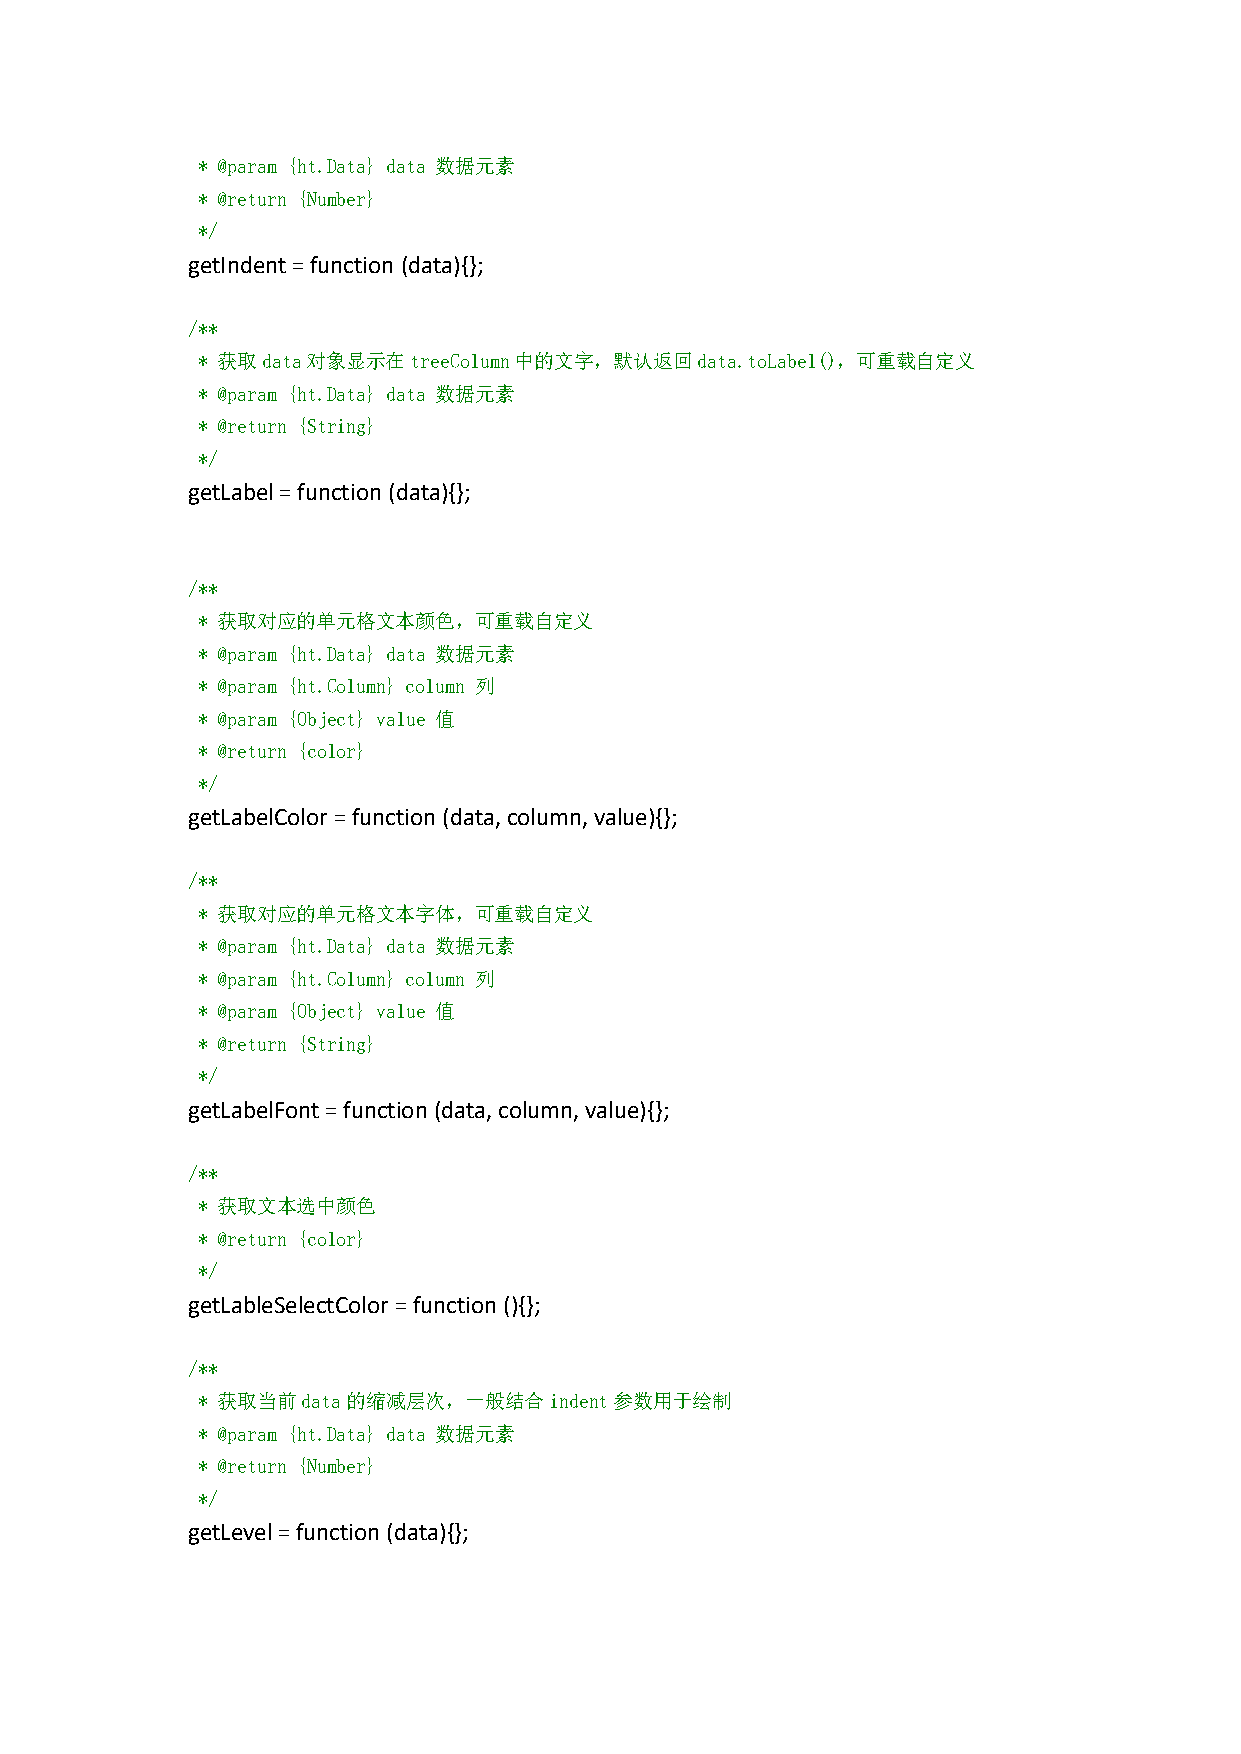
* @param {ht.Data} data 数据元素
 * @return {Number}
 */
 getIndent=function (data){};
 /**
 * 获取data对象显示在treeColumn中的文字，默认返回data.toLabel()，可重载自定义
 * @param {ht.Data} data 数据元素
 * @return {String}
 */
 getLabel=function (data){};
 /**
 * 获取对应的单元格文本颜色，可重载自定义
 * @param {ht.Data} data 数据元素
 * @param {ht.Column} column 列
 * @param {Object} value 值
 * @return {color}
 */
 getLabelColor =function(data,column,value){};
 /**
 * 获取对应的单元格文本字体，可重载自定义
 * @param {ht.Data} data 数据元素
 * @param {ht.Column} column 列
 * @param {Object} value 值
 * @return {String}
 */
 getLabelFont=function(data,column,value){};
 /**
 * 获取文本选中颜色
 * @return {color}
 */
 getLableSelectColor=function(){};
 /**
 * 获取当前data的缩减层次，一般结合indent参数用于绘制
 * @param {ht.Data} data 数据元素
 * @return {Number}
 */
 getLevel=function(data){};